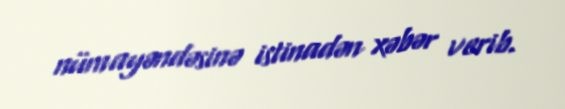
nümayəndəsinə istinadən xəbər verib.